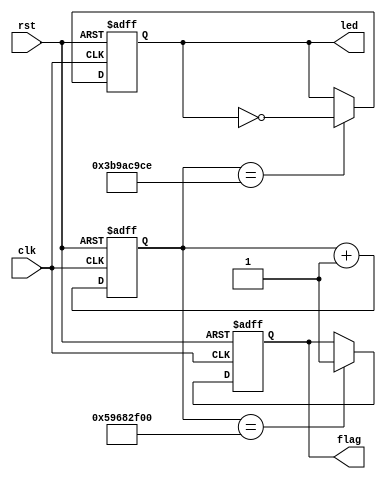
module Timer(
  input wire clk,
  input wire rst,
  output reg flag,
  output reg [9:0] led
);

  reg [31:0] count = 0;

  always @(posedge clk or negedge rst) begin
    if (~rst) begin
      count <= 0;
      flag <= 0;
      led <= 0;
    end else begin
      count <= count + 1; // Increment

      if (count == 32'd1_500_000_000) begin // 30 seconds
        // Set the flag when 60 seconds have elapsed
        flag <= 1;
      end
     
      if (count == 32'd999_999_950) begin // The last 10 seconds
        // Toggle all 10 LEDs during the last seconds
        led <= ~led;
      end
    end
  end

endmodule